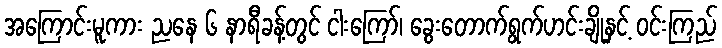
အကြောင်းမူကား ညနေ ၆ နာရီခန့်တွင် ငါးကြော်၊ ခွေးတောက်ရွက်ဟင်းချိုနှင့် ဝင်းကြည်